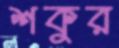
শকুর